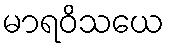
မာရဝိသယေ